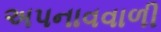
અપનાવવાળી